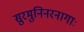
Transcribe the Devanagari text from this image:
सुरमुनिनरनागाः